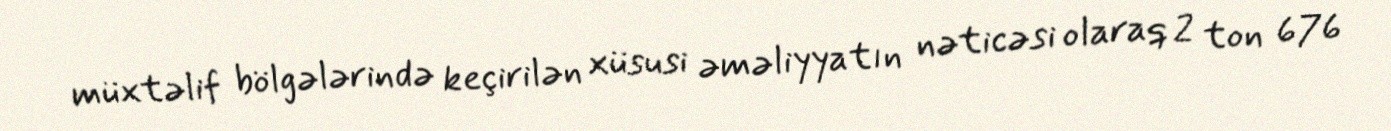
müxtəlif bölgələrində keçirilən xüsusi əməliyyatın nəticəsi olaraq 2 ton 676